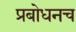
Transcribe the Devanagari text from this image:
प्रबोधनच